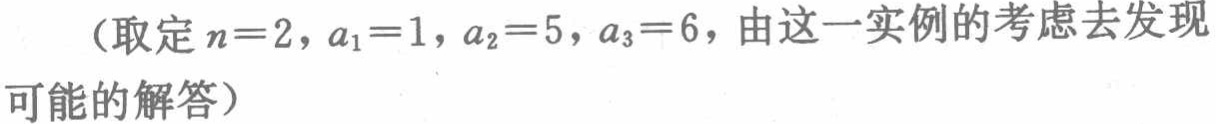
（取定 \(n = 2\)，\(a_1 = 1\)，\(a_2 = 5\)，\(a_3 = 6\)，由这一实例的考虑去发现可能的解答）